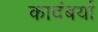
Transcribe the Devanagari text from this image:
कादंबर्या